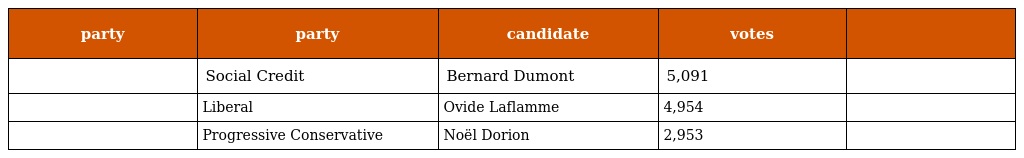
| party | party | candidate | votes |  |
 | --- | --- | --- | --- | --- |
 |  | Social Credit | Bernard Dumont | 5,091 |  |
 |  | Liberal | Ovide Laflamme | 4,954 |  |
 |  | Progressive Conservative | Noël Dorion | 2,953 |  |